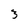
Character: 3